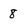
Character: 8